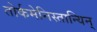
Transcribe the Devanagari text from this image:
तोर्कमेनिस्तान्यिन्